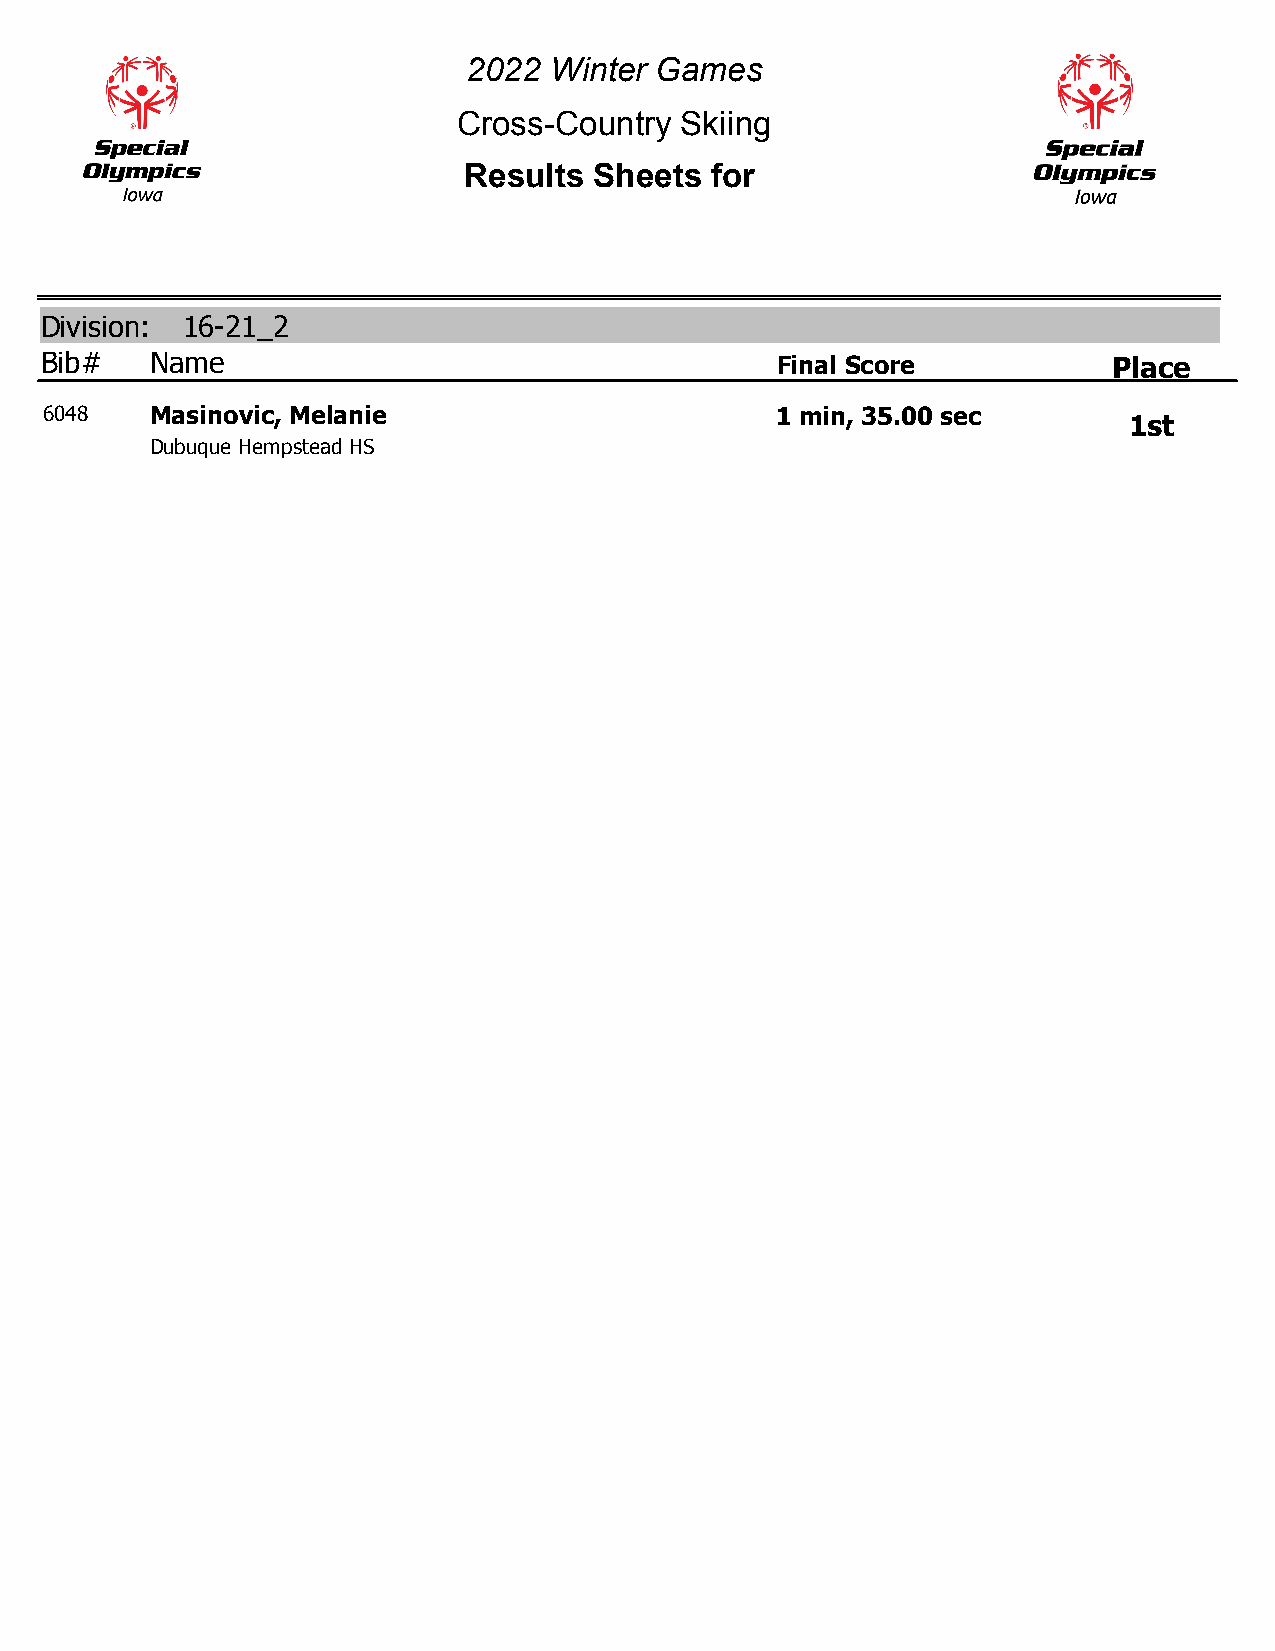
2022 Winter Games
 Cross-Country  Skiing
 Results Sheets  for
 Division: 16-21_2
 Bib#   Name                                     Final Score            Place
 6048   Masinovic, Melanie                       1 min, 35.00 sec
 1st
 Dubuque Hempstead HS